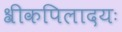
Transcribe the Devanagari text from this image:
श्रीकपिलादयः